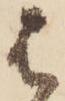
は